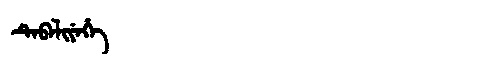
Manchu: ᡨᡝᠪᡝᠯᡳᠶᡝᡥᡝ
Romanization: TEBELIYEHE